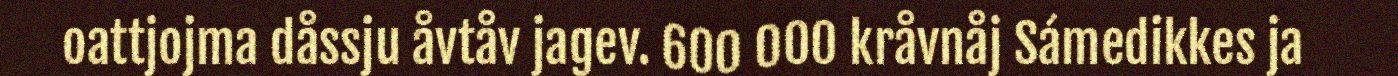
oattjojma dåssju åvtåv jagev. 600 000 kråvnåj Sámedikkes ja